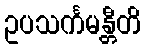
ဥပသင်္ကမန္တီတိ